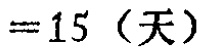
$=15 \text{（天）}$